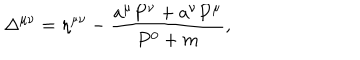
\Delta ^ { \mu \nu } = \eta ^ { \mu \nu } - \frac { a ^ { \mu } P ^ { \nu } + a ^ { \nu } P ^ { \mu } } { P ^ { 0 } + m } ,